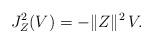
LaTeX: \begin{align*} J_Z^2(V) = - \Vert Z \Vert^2 \, V. \end{align*}